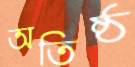
অতিষ্ঠ